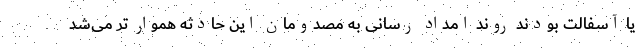
یا آسفالت بودند روند امداد رسانی به مصدومان این حادثه هموار تر می‌شد